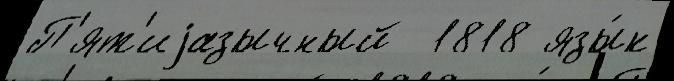
П'ят'иjазычный  1818 язы́к